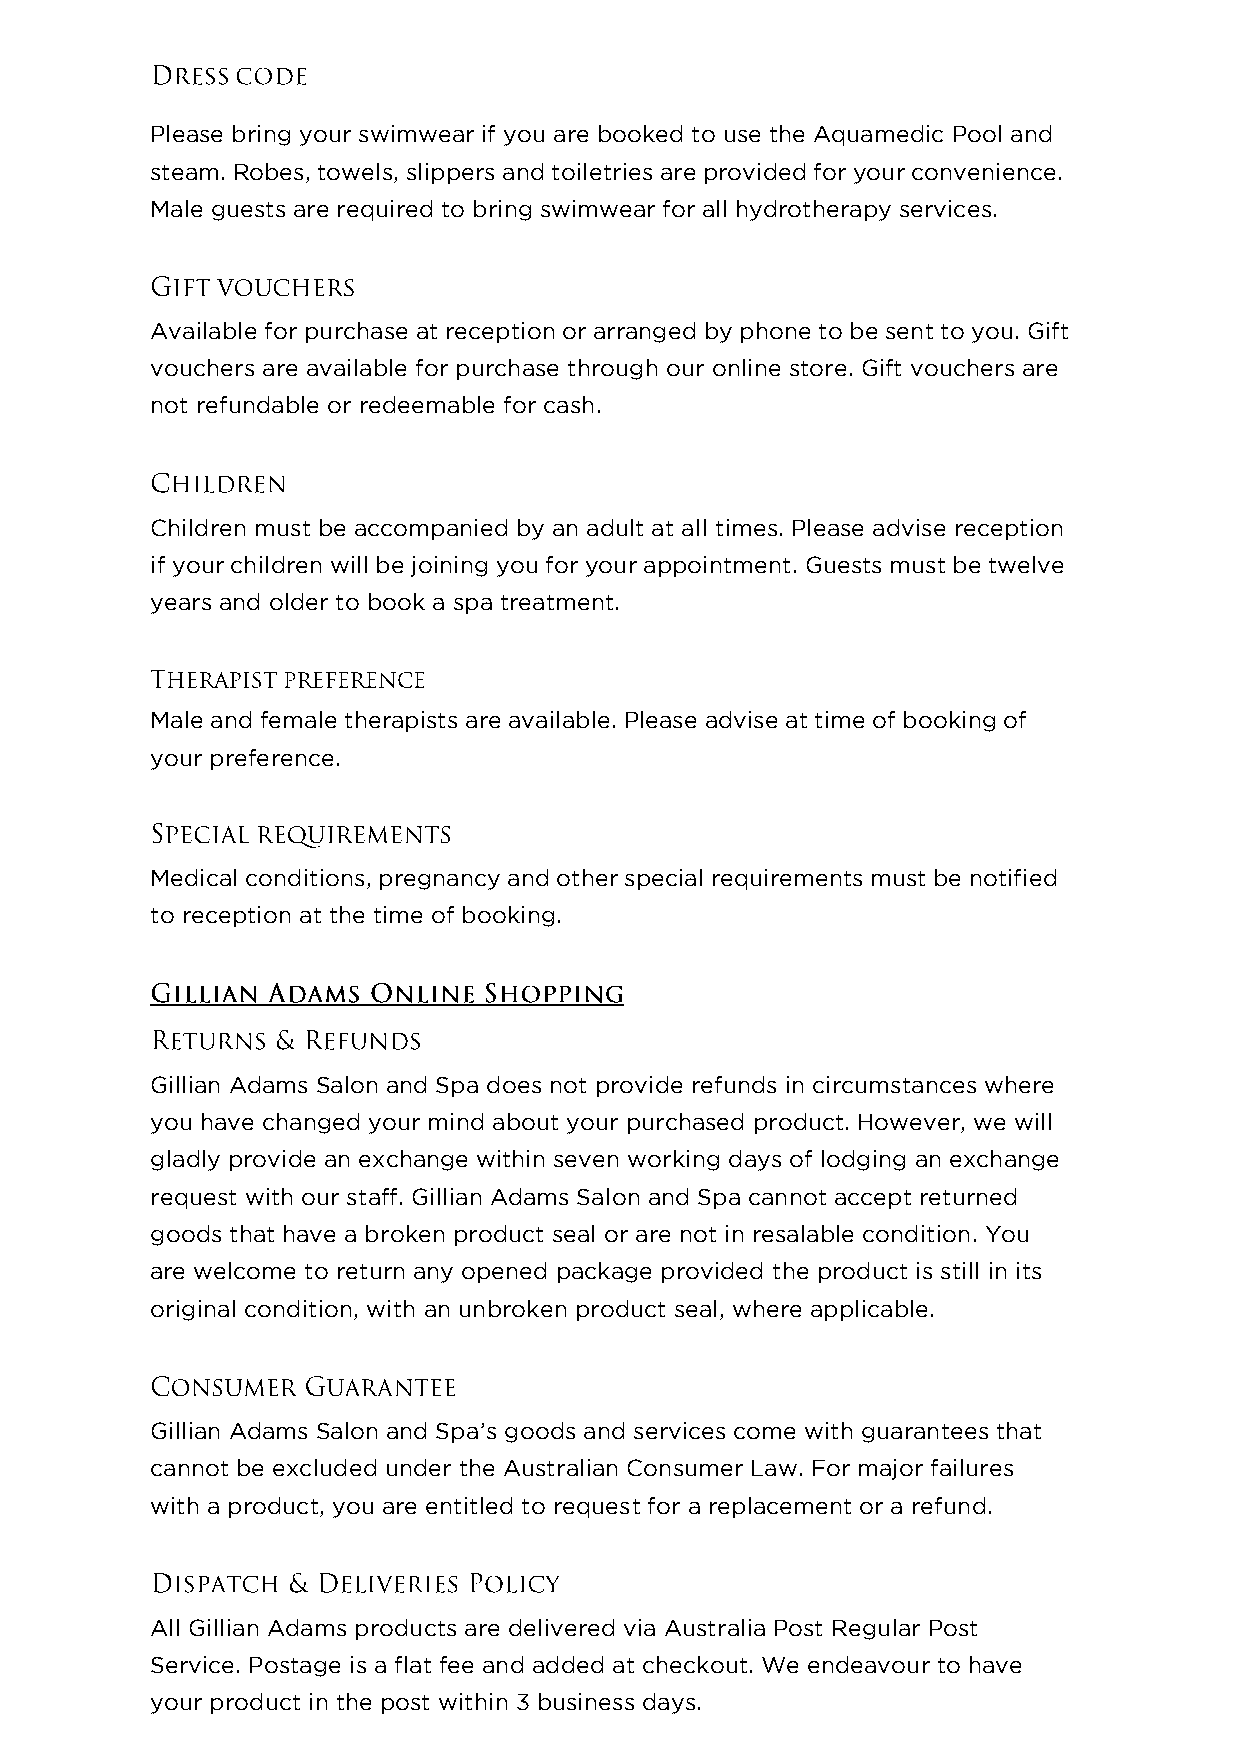
Please bring your swimwear if you are booked to use the Aquamedic Pool and
 steam. Robes, towels, slippers and toiletries are provided for your convenience.
 Male guests are required to bring swimwear for all hydrotherapy services.
 Available for purchase at reception or arranged by phone to be sent to you. Gift
 vouchers are available for purchase through our online store. Gift vouchers are
 not refundable or redeemable for cash.
 Children must be accompanied by an adult at all times. Please advise reception
 if your children will be joining you for your appointment. Guests must be twelve
 years and older to book a spa treatment.
 Male and female therapists are available. Please advise at time of booking of
 your preference.
 Medical conditions, pregnancy and other special requirements must be notified
 to reception at the time of booking.
 Gillian Adams Salon and Spa does not provide refunds in circumstances where
 you have changed your mind about your purchased product. However, we will
 gladly provide an exchange within seven working days of lodging an exchange
 request with our staff. Gillian Adams Salon and Spa cannot accept returned
 goods that have a broken product seal or are not in resalable condition. You
 are welcome to return any opened package provided the product is still in its
 original condition, with an unbroken product seal, where applicable.
 Gillian Adams Salon and Spa’s goods and services come with guarantees that
 cannot be excluded under the Australian Consumer Law. For major failures
 with a product, you are entitled to request for a replacement or a refund.
 All Gillian Adams products are delivered via Australia Post Regular Post
 Service. Postage is a flat fee and added at checkout. We endeavour to have
 your product in the post within 3 business days.